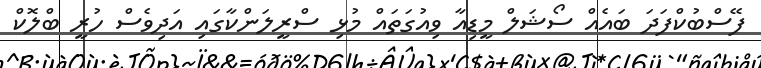
ފޭސްބުކްފަދަ ބައެއް ސޯޝަލް މީޑިއާ ވިއުގަތައް މުޅި ސްރީލަންކާގައި އަދިވެސް ހުރީ ބްލޮކް